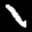
Label: 1